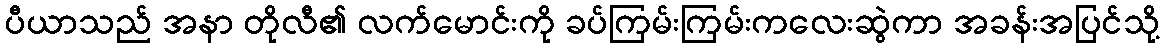
ပီယာသည် အနာ တိုလီ၏ လက်မောင်းကို ခပ်ကြမ်းကြမ်းကလေးဆွဲကာ အခန်းအပြင်သို့